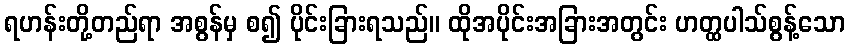
ရဟန်းတို့တည်ရာ အစွန်မှ စ၍ ပိုင်းခြားရသည်။ ထိုအပိုင်းအခြားအတွင်း ဟတ္ထပါသ်စွန့်သော